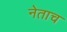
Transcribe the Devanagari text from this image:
नेताच